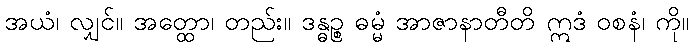
အယံ၊ လျှင်။ အတ္ထော၊ တည်း။ ဒန္ဓဉ္စ ဓမ္မံ အာဇာနာတီတိ ဣဒံ ဝစနံ၊ ကို။